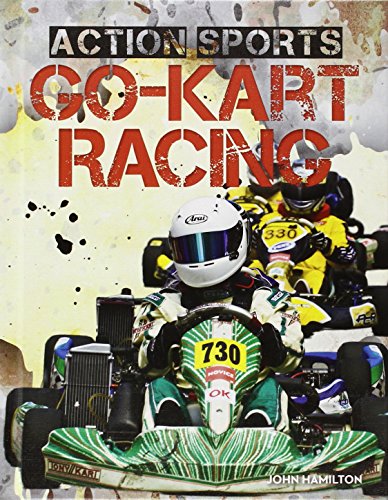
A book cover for Go-Kart Racing (Action Sports (Abdo)); John Hamilton; Children's Books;